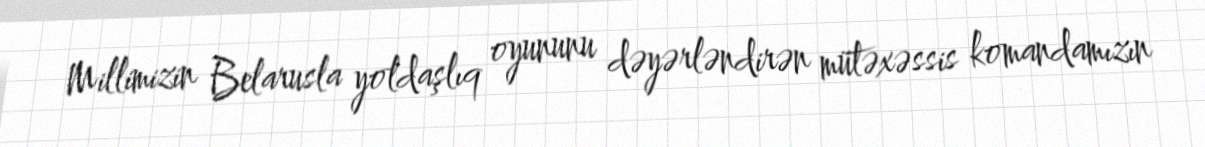
Millimizin Belarusla yoldaşlıq oyununu dəyərləndirən mütəxəssis komandamızın